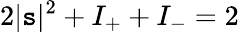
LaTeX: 2|\mathtt{s}|^{2}+I_{+}+I_{-}=2